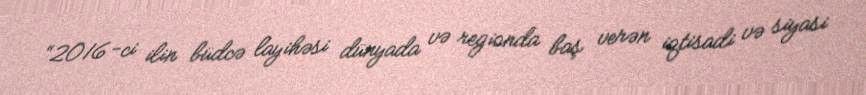
“2016-ci ilin büdcə layihəsi dünyada və regionda baş verən iqtisadi və siyasi